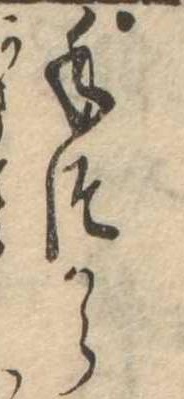
手つから